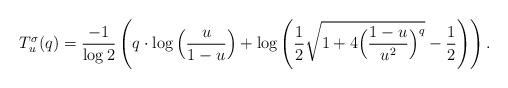
LaTeX: \begin{align*}T_u^{\sigma}(q) = \frac{-1}{\log 2} \left( q\cdot \log \Big(\frac{u}{1-u}\Big) + \log\left( \frac{1}{2}\sqrt{1+4\Big(\frac{1-u}{u^2}\Big)^q} - \frac{1}{2}\right)\right). \end{align*}